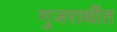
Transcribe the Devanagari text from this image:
गुजराथींत